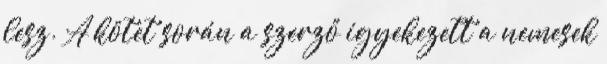
lesz. A kötet során a szerző igyekezett a nemesek